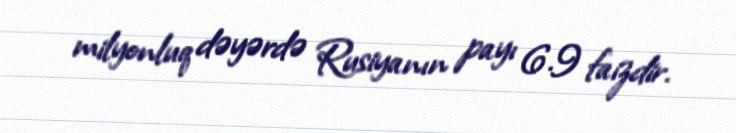
milyonluq dəyərdə Rusiyanın payı 6.9 faizdir.